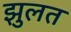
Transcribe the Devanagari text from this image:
झुलत